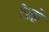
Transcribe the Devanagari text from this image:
टेनो